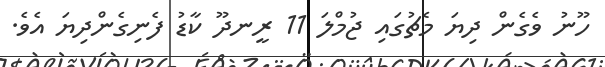
ހޫނު ވެގެން ދިޔަ މެޗުގައި ޖުމްލަ 11 ރީނދޫ ކާޑު ފެނިގެންދިޔަ އެވެ.